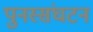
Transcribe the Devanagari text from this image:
पुनस्संघटन